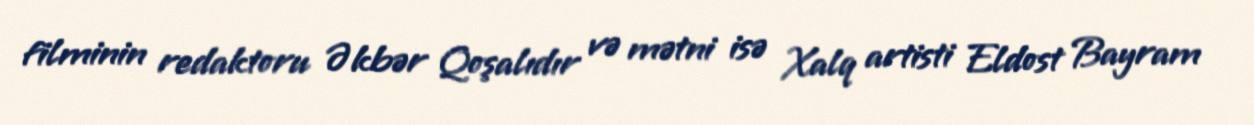
filminin redaktoru Əkbər Qoşalıdır və mətni isə Xalq artisti Eldost Bayram